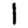
Digit: 1